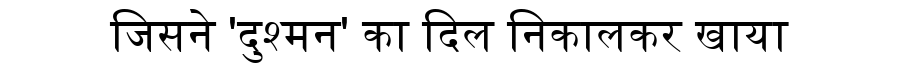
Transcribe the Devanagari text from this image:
जिसने 'दुश्मन' का दिल निकालकर खाया